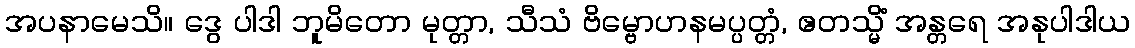
အပနာမေသိ။ ဒွေ ပါဒါ ဘူမိတော မုတ္တာ, သီသံ ဗိမ္ဗောဟနမပ္ပတ္တံ, ဧတသ္မိံ အန္တရေ အနုပါဒါယ